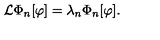
{ \cal L } \Phi _ { n } [ \varphi ] = \lambda _ { n } \Phi _ { n } [ \varphi ] .